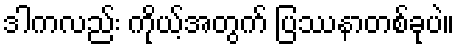
ဒါကလည်း ကိုယ့်အတွက် ပြဿနာတစ်ခုပဲ။